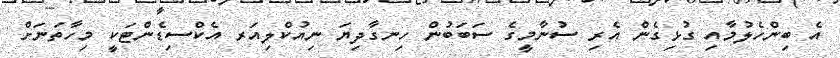
އެ ބިންހެލުމާއި ގުޅިގެން އެރި ސުނާމީގެ ސަބަބުން ހިނގާދިޔަ ނިއުކްލިއަރ އެކްސިޑެންޓަކީ މިހާތަނަށް